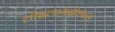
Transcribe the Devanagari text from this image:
लीब्रलायझेशन्स